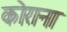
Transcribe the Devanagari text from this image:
कोराना